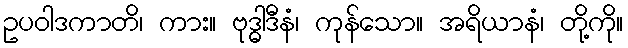
ဥပဝါဒကာတိ၊ ကား။ ဗုဒ္ဓါဒီနံ၊ ကုန်သော။ အရိယာနံ၊ တို့ကို။